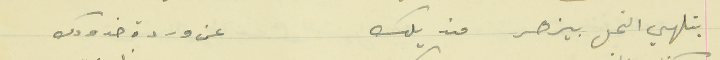
بتلهي النحل بيزهر منديلك                                   عن وردة خدودك